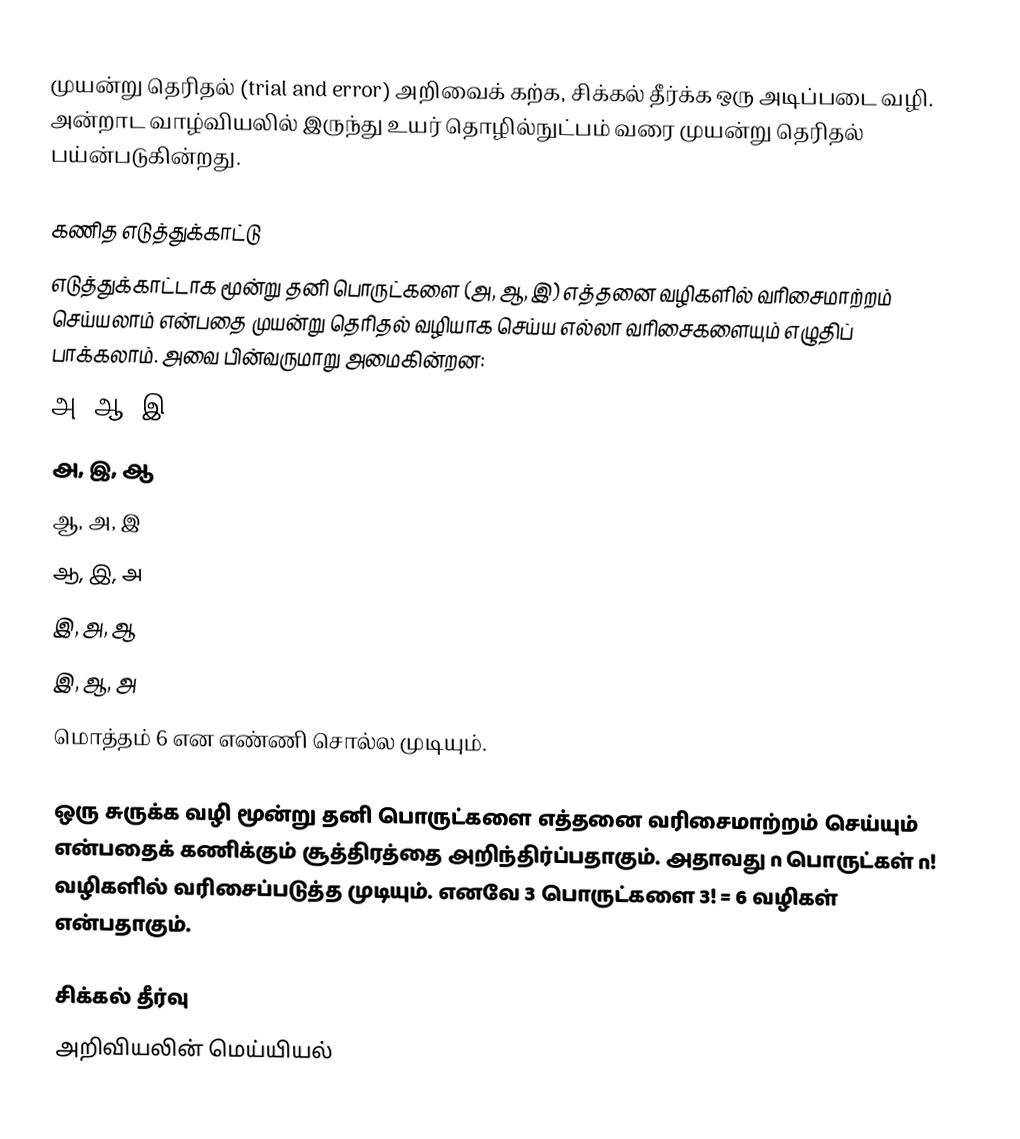
முயன்று தெரிதல் (trial and error) அறிவைக் கற்க, சிக்கல் தீர்க்க ஒரு அடிப்படை வழி.  அன்றாட வாழ்வியலில் இருந்து உயர் தொழில்நுட்பம் வரை முயன்று தெரிதல் பய்ன்படுகின்றது.

கணித எடுத்துக்காட்டு
எடுத்துக்காட்டாக மூன்று தனி பொருட்களை (அ, ஆ, இ) எத்தனை வழிகளில் வரிசைமாற்றம் செய்யலாம் என்பதை முயன்று தெரிதல் வழியாக செய்ய எல்லா வரிசைகளையும் எழுதிப் பாக்கலாம்.  அவை பின்வருமாறு அமைகின்றன:
 அ, ஆ, இ
 அ, இ, ஆ
 ஆ, அ, இ
 ஆ, இ, அ
 இ, அ, ஆ
 இ, ஆ, அ
மொத்தம் 6 என எண்ணி சொல்ல முடியும்.

ஒரு சுருக்க வழி மூன்று தனி பொருட்களை எத்தனை வரிசைமாற்றம் செய்யும் என்பதைக் கணிக்கும் சூத்திரத்தை அறிந்திர்ப்பதாகும்.  அதாவது n பொருட்கள் n! வழிகளில் வரிசைப்படுத்த முடியும்.  எனவே 3 பொருட்களை 3! = 6 வழிகள் என்பதாகும்.

சிக்கல் தீர்வு
அறிவியலின் மெய்யியல்